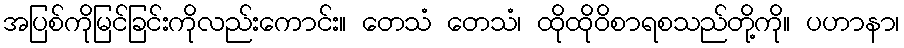
အပြစ်ကိုမြင်ခြင်းကိုလည်းကောင်း။ တေသံ တေသံ၊ ထိုထိုဝိစာရစသည်တို့ကို။ ပဟာနာ၊